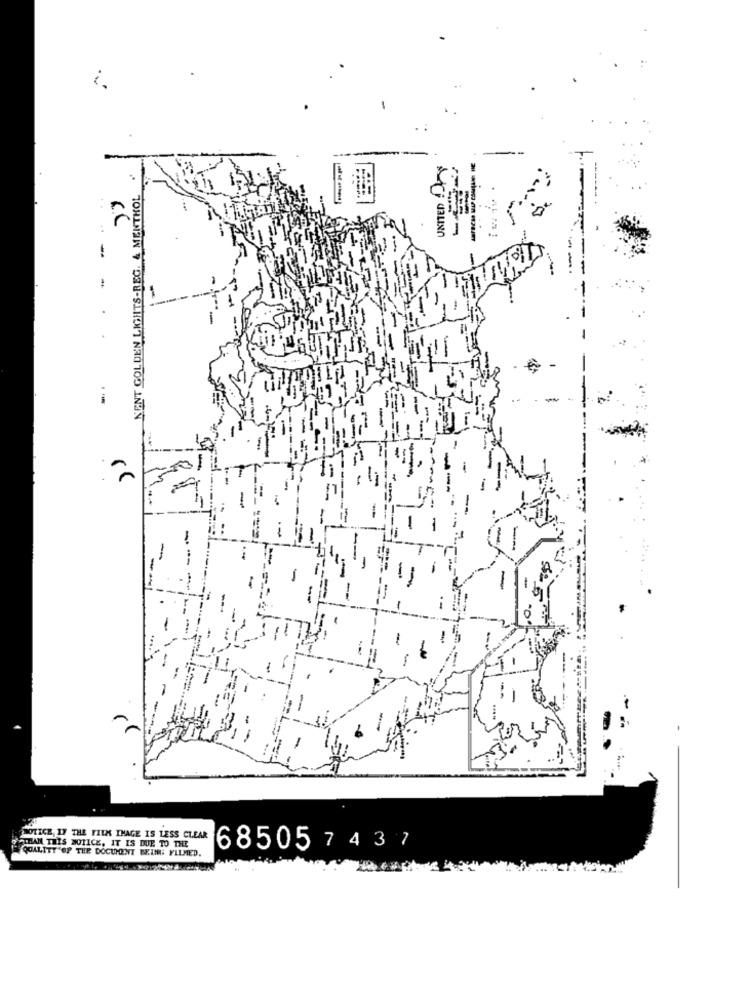
KENT GOLDEN LIGHTS-REG. & MENTHOL
UNITED !
2
-
SOLICE, IF THE FILM IMAGE IS LESS CLEAR
THAN THIS NOTICE, IT IS DUE TO THE
QUALITY OF THE DOCUMENT BEING FILMED.
685057437